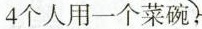
4个人用一个菜碗，